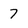
Character: 7